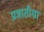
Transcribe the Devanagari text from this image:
प्रजातीया